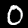
Digit: 0